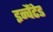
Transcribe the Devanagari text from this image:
इन्चैंटेड